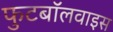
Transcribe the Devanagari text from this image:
फुटबॉलवाइस